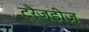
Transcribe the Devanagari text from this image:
ट्रैजडीज़